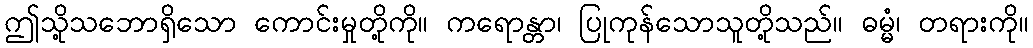
ဤသို့သဘောရှိသော ကောင်းမှုတို့ကို။ ကရောန္တာ၊ ပြုကုန်သောသူတို့သည်။ ဓမ္မံ၊ တရားကို။